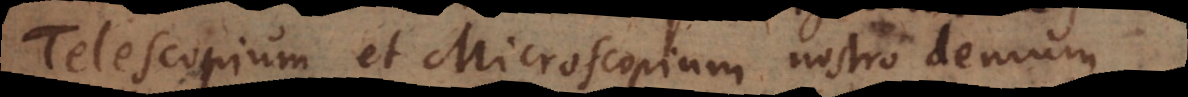
Telescopium et Microscopium nostro demum